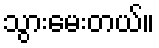
သွားမေးတယ်။